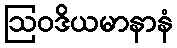
ဩဝဒိယမာနာနံ